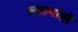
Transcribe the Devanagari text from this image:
लढायांशी